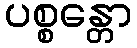
ပစ္စန္တော